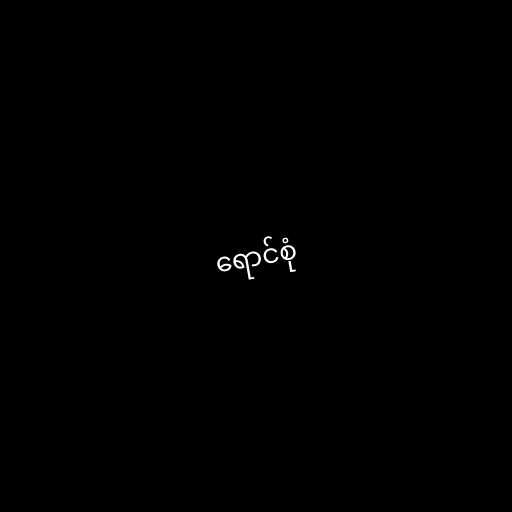
ရောင်စုံ